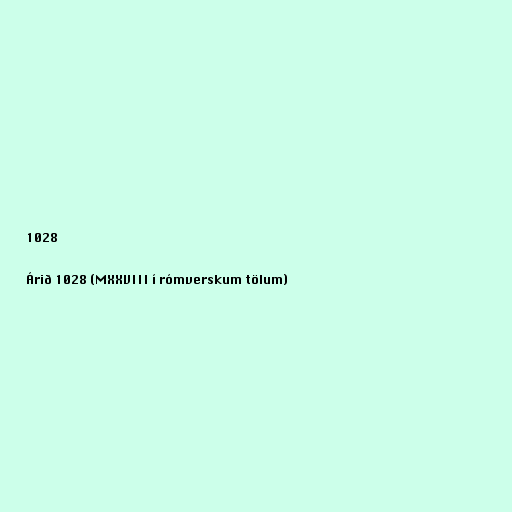
1028

Árið 1028 (MXXVIII í rómverskum tölum)